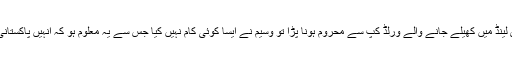
جب وقار کو کمر درد کیوجہ سے 1992 کے آسٹریلیا اور نیوزی لینڈ میں کھیلے جانے والے ورلڈ کپ سے محروم ہونا پڑا تو وسیم نے ایسا کوئی کام نہیں کیا جس سے یہ معلوم ہو کہ انہیں پاکستانی ٹیم کے بہترین اوقات میں وقار کے باہر ہونے سے خوشی ہوئی۔